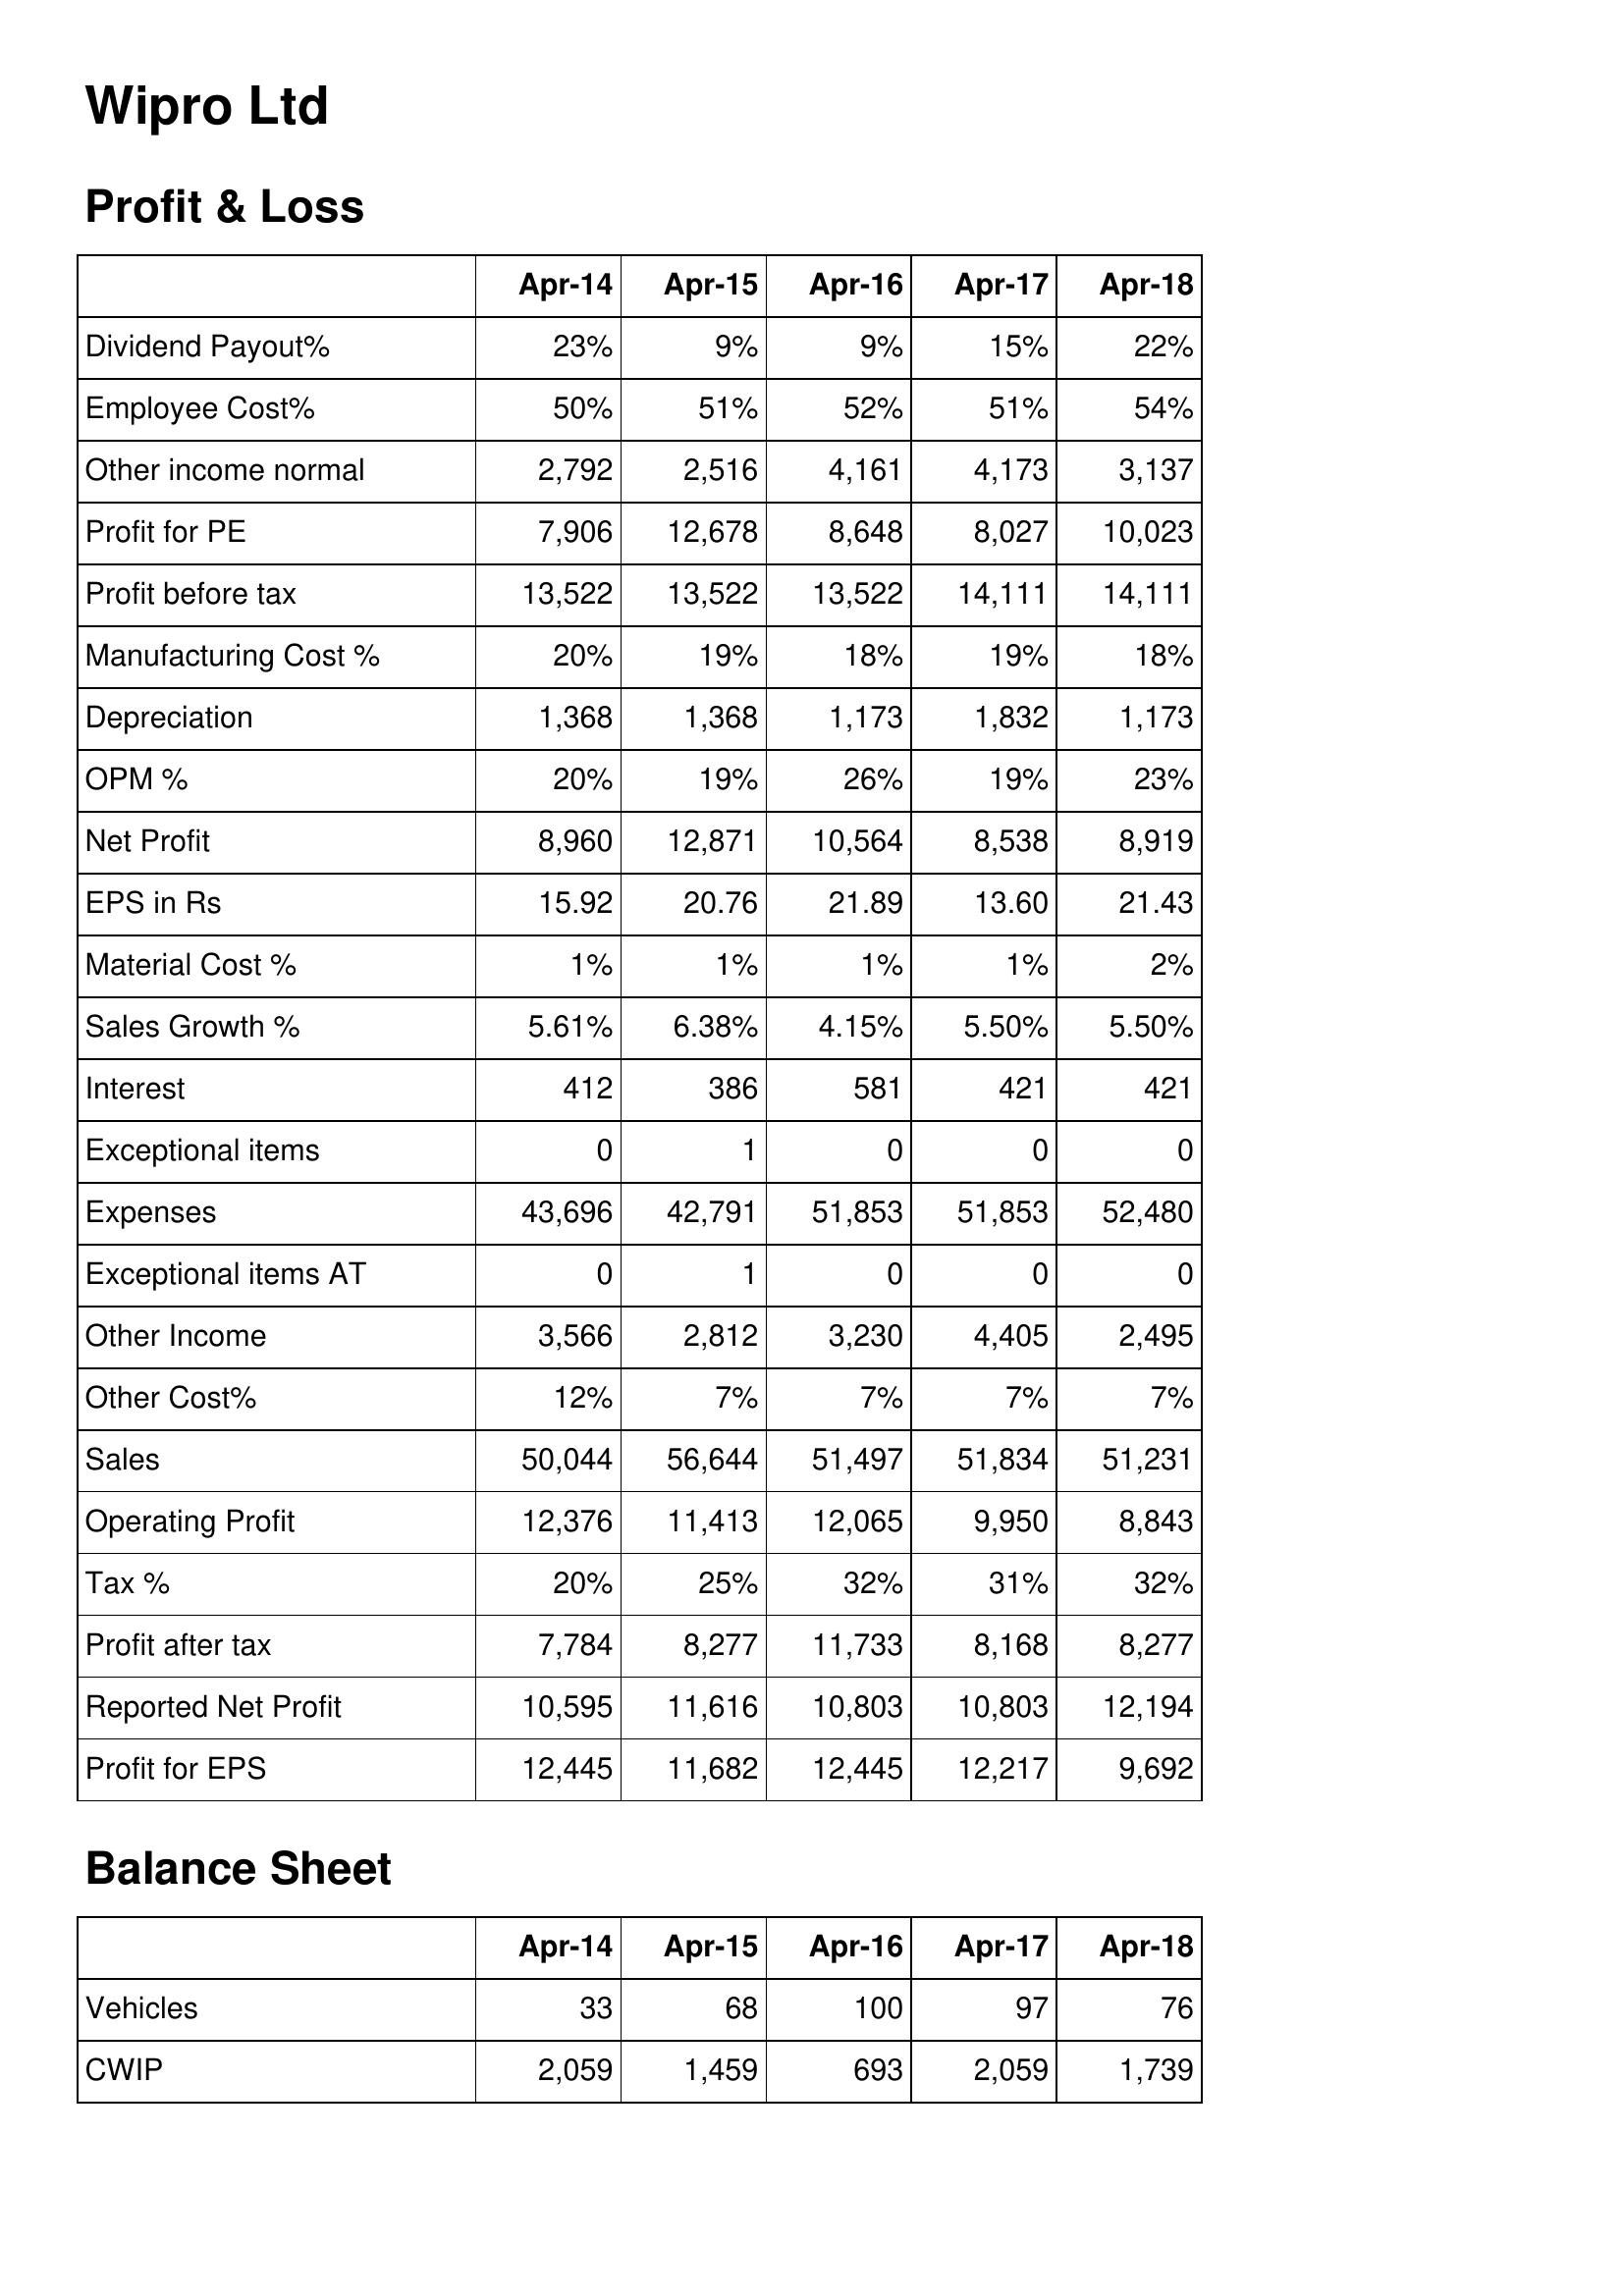
Apr-14: Profit & Loss: Dividend Payout%: 23%
Employee Cost%: 50%
Other income normal: 2,792
Profit for PE: 7,906
Profit before tax: 13,522
Manufacturing Cost %: 20%
Depreciation: 1,368
OPM %: 20%
Net Profit: 8,960
EPS in Rs: 15.92
Material Cost %: 1%
Sales Growth %: 5.61%
Interest: 412
Exceptional items: 0
Expenses: 43,696
Exceptional items AT: 0
Other Income: 3,566
Other Cost%: 12%
Sales: 50,044
Operating Profit: 12,376
Tax %: 20%
Profit after tax: 7,784
Reported Net Profit: 10,595
Profit for EPS: 12,445
Balance Sheet: Vehicles: 33
CWIP: 2,059
Apr-15: Profit & Loss: Dividend Payout%: 9%
Employee Cost%: 51%
Other income normal: 2,516
Profit for PE: 12,678
Profit before tax: 13,522
Manufacturing Cost %: 19%
Depreciation: 1,368
OPM %: 19%
Net Profit: 12,871
EPS in Rs: 20.76
Material Cost %: 1%
Sales Growth %: 6.38%
Interest: 386
Exceptional items: 1
Expenses: 42,791
Exceptional items AT: 1
Other Income: 2,812
Other Cost%: 7%
Sales: 56,644
Operating Profit: 11,413
Tax %: 25%
Profit after tax: 8,277
Reported Net Profit: 11,616
Profit for EPS: 11,682
Balance Sheet: Vehicles: 68
CWIP: 1,459
Apr-16: Profit & Loss: Dividend Payout%: 9%
Employee Cost%: 52%
Other income normal: 4,161
Profit for PE: 8,648
Profit before tax: 13,522
Manufacturing Cost %: 18%
Depreciation: 1,173
OPM %: 26%
Net Profit: 10,564
EPS in Rs: 21.89
Material Cost %: 1%
Sales Growth %: 4.15%
Interest: 581
Exceptional items: 0
Expenses: 51,853
Exceptional items AT: 0
Other Income: 3,230
Other Cost%: 7%
Sales: 51,497
Operating Profit: 12,065
Tax %: 32%
Profit after tax: 11,733
Reported Net Profit: 10,803
Profit for EPS: 12,445
Balance Sheet: Vehicles: 100
CWIP: 693
Apr-17: Profit & Loss: Dividend Payout%: 15%
Employee Cost%: 51%
Other income normal: 4,173
Profit for PE: 8,027
Profit before tax: 14,111
Manufacturing Cost %: 19%
Depreciation: 1,832
OPM %: 19%
Net Profit: 8,538
EPS in Rs: 13.60
Material Cost %: 1%
Sales Growth %: 5.50%
Interest: 421
Exceptional items: 0
Expenses: 51,853
Exceptional items AT: 0
Other Income: 4,405
Other Cost%: 7%
Sales: 51,834
Operating Profit: 9,950
Tax %: 31%
Profit after tax: 8,168
Reported Net Profit: 10,803
Profit for EPS: 12,217
Balance Sheet: Vehicles: 97
CWIP: 2,059
Apr-18: Profit & Loss: Dividend Payout%: 22%
Employee Cost%: 54%
Other income normal: 3,137
Profit for PE: 10,023
Profit before tax: 14,111
Manufacturing Cost %: 18%
Depreciation: 1,173
OPM %: 23%
Net Profit: 8,919
EPS in Rs: 21.43
Material Cost %: 2%
Sales Growth %: 5.50%
Interest: 421
Exceptional items: 0
Expenses: 52,480
Exceptional items AT: 0
Other Income: 2,495
Other Cost%: 7%
Sales: 51,231
Operating Profit: 8,843
Tax %: 32%
Profit after tax: 8,277
Reported Net Profit: 12,194
Profit for EPS: 9,692
Balance Sheet: Vehicles: 76
CWIP: 1,739